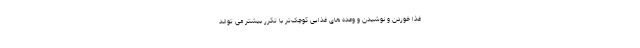
غذا خوردن و نوشیدن و وعده های غذایی کوچک‌تر با تکرر بیشتر می تواند